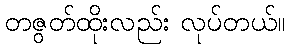
တဇွတ်ထိုးလည်း လုပ်တယ်။